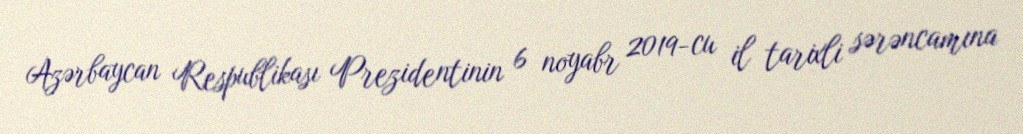
Azərbaycan Respublikası Prezidentinin 6 noyabr 2019-cu il tarixli sərəncamına